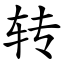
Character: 转